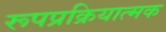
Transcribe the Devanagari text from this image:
रूपप्रक्रियात्मक